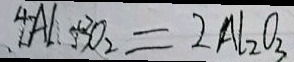
4 A l B O _ { 2 } = 2 A l _ { 2 } O _ { 3 }